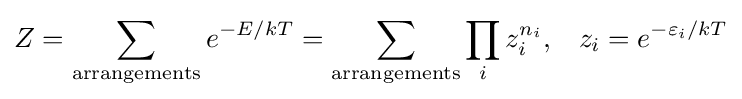
Z=\sum _{\text{arrangements}}e^{-E/kT}=\sum _{\text{arrangements}}\prod _{i}z_{i}^{n_{i}},\;\;\;z_{i}=e^{-\varepsilon _{i}/kT}